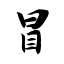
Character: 冒